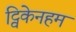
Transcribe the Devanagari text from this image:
ट्विकेनहम